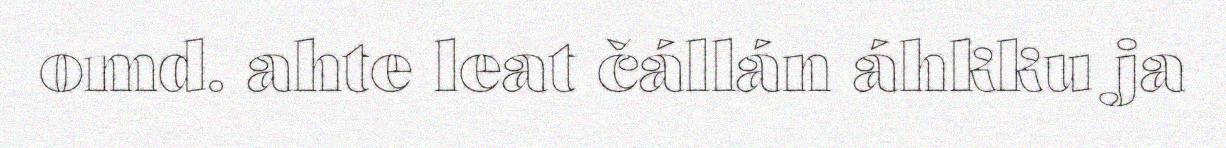
omd. ahte leat čállán áhkku ja